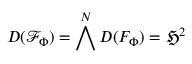
D ( \mathcal { F } _ { \Phi } ) = \bigwedge ^ { N } D ( F _ { \Phi } ) = \mathfrak { H } ^ { 2 }